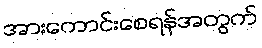
အားကောင်းစေရန်အတွက်